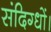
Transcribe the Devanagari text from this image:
संदिग्धों।